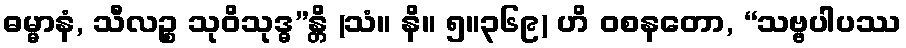
ဓမ္မာနံ, သီလဉ္စ သုဝိသုဒ္ဓ”န္တိ (သံ။ နိ။ ၅။၃၆၉) ဟိ ဝစနတော, “သဗ္ဗပါပဿ